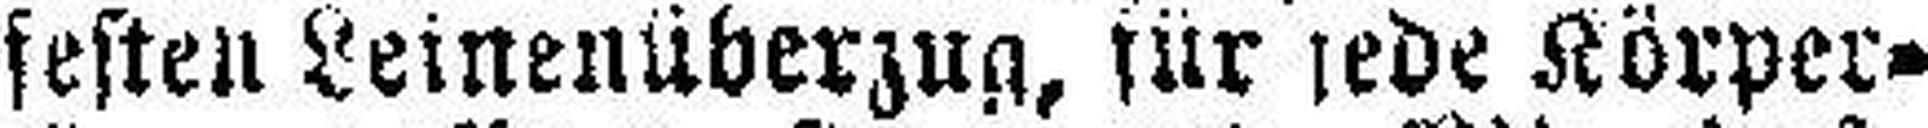
festen Leinenüberzug, für jede Körper¬